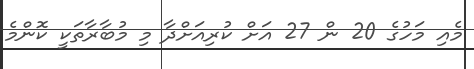
މެއި މަހުގެ 20 ން 27 އަށް ކުރިއަށްދާ މި މުބާރާތަކީ ކޮންމެ